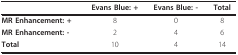
|  | Evans Blue: + | Evans Blue: - | Total |
 | --- | --- | --- | --- |
 | MR Enhancement: + | 8 | 0 | 8 |
 | MR Enhancement: - | 2 | 4 | 6 |
 | Total | 10 | 4 | 14 |